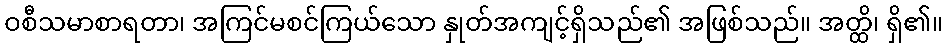
ဝစီသမာစာရတာ၊ အကြင်မစင်ကြယ်သော နှုတ်အကျင့်ရှိသည်၏ အဖြစ်သည်။ အတ္ထိ၊ ရှိ၏။